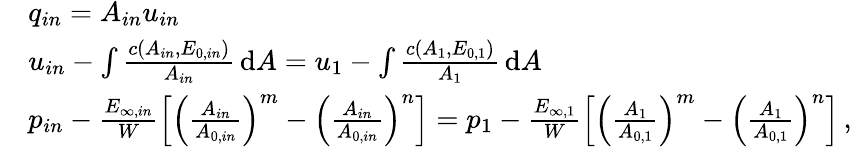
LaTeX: \begin{array}{rl}&{q_{in}=A_{in}u_{in}}\\ &{u_{in}-\int\frac{c(A_{in},E_{0,in})}{A_{in}}\, \mathrm{d}A=u_{1}-\int\frac{c(A_{1},E_{0,1})}{A_{1}}\, \mathrm{d}A}\\ &{p_{in}-\frac{E_{\infty,in}}{W}\left[\left(\frac{A_{in}}{A_{0,in}}\right)^{m}-\left(\frac{A_{in}}{A_{0,in}}\right)^{n}\right]=p_{1}-\frac{E_{\infty,1}}{W}\left[\left(\frac{A_{1}}{A_{0,1}}\right)^{m}-\left(\frac{A_{1}}{A_{0,1}}\right)^{n}\right]\, ,}\end{array}